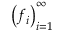
\left( f _ { i } \right) _ { i = 1 } ^ { \infty }